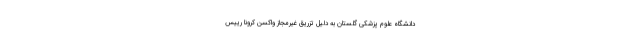
دانشگاه علوم پزشکی گلستان به دلیل تزریق غیرمجاز واکسن کرونا رییس